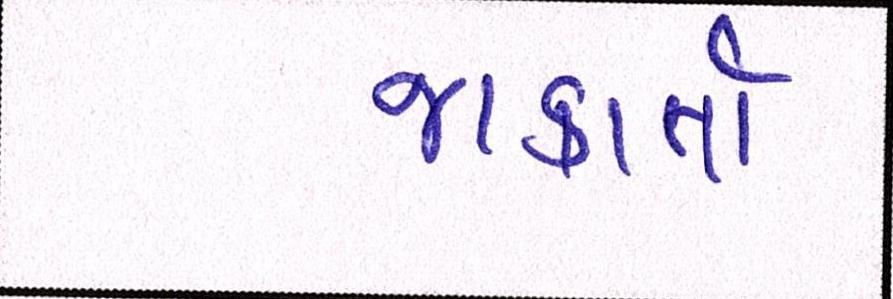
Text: જાકાર્તા